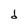
Character: d